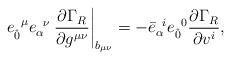
LaTeX: \begin{align*}e_{ \hat{0}}^{\;\;\mu}e_{\alpha}^{\;\; \nu} \left. \frac{\partial \Gamma_{R}}{\partial g^{\mu \nu}} \right|_{b_{\mu\nu}} = - {\bar{e}}_{\alpha}^{\;\; i} {e}_{ \hat{0}} ^{\;\;0} \frac{\partial \Gamma_{R}}{ \partial v^{i}},\end{align*}